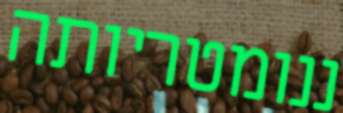
ננומטריותה